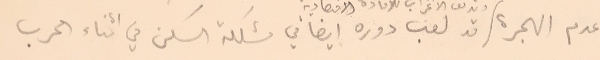
عدم الهجرة قد لعب دوره ايضا في مشكلة السكن في اثناء الحرب